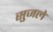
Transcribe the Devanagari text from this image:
सुजले